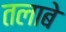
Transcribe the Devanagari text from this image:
तलाबे